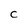
Character: C